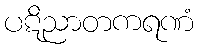
ပဋိညာတကရဏံ